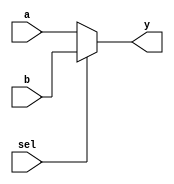
module mux(sel, a, b, y );
    input sel;
    input  [31:0] a, b;
    output [31:0] y;
    assign y = sel ? b : a;
endmodule